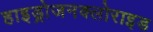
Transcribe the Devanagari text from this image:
हाइड्रोजनक्लोराइड